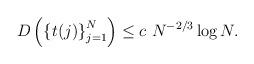
LaTeX: \begin{align*}D\left( \left\{ t(j)\right\} _{j=1}^{N}\right) \leq c\ N^{-2/3}\log N.\end{align*}